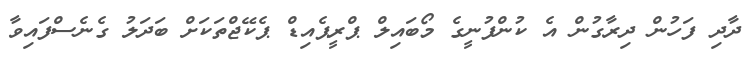
ދާދި ފަހުން ދިރާގުން އެ ކުންފުނީގެ މޯބައިލް ޕްރީޕެއިޑް ޕެކޭޖްތަކަށް ބަދަލު ގެނެސްފައިވާ